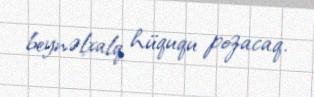
beynəlxalq hüququ pozacaq.